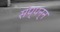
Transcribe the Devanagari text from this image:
संप्पन्न